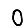
Digit: 0